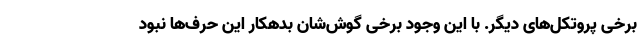
برخی پروتکل‌های دیگر. با این وجود برخی گوش‌شان بدهکار این حرف‌ها نبود